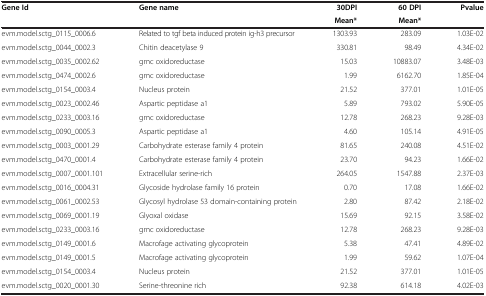
<table><thead><tr><td><b>Gene Id</b></td><td><b>Gene name</b></td><td><b>30DPI</b></td><td><b>60 DPI</b></td><td><b>Pvalue</b></td></tr><tr><td><b> </b></td><td><b> </b></td><td><b>Mean*</b></td><td><b>Mean*</b></td><td><b> </b></td></tr></thead><tbody><tr><td>evm.model.sctg_0115_0006.6</td><td>Related to tgf beta induced protein ig-h3 precursor</td><td>1303.93</td><td>283.09</td><td>1.03E-02</td></tr><tr><td>evm.model.sctg_0044_0002.3</td><td>Chitin deacetylase 9</td><td>330.81</td><td>98.49</td><td>4.34E-02</td></tr><tr><td>evm.model.sctg_0035_0002.62</td><td>gmc oxidoreductase</td><td>15.03</td><td>10883.07</td><td>3.48E-03</td></tr><tr><td>evm.model.sctg_0474_0002.6</td><td>gmc oxidoreductase</td><td>1.99</td><td>6162.70</td><td>1.85E-04</td></tr><tr><td>evm.model.sctg_0154_0003.4</td><td>Nucleus protein</td><td>21.52</td><td>377.01</td><td>1.01E-05</td></tr><tr><td>evm.model.sctg_0023_0002.46</td><td>Aspartic peptidase a1</td><td>5.89</td><td>793.02</td><td>5.90E-05</td></tr><tr><td>evm.model.sctg_0233_0003.16</td><td>gmc oxidoreductase</td><td>12.78</td><td>268.23</td><td>9.28E-03</td></tr><tr><td>evm.model.sctg_0090_0005.3</td><td>Aspartic peptidase a1</td><td>4.60</td><td>105.14</td><td>4.91E-05</td></tr><tr><td>evm.model.sctg_0003_0001.29</td><td>Carbohydrate esterase family 4 protein</td><td>81.65</td><td>240.08</td><td>4.51E-02</td></tr><tr><td>evm.model.sctg_0470_0001.4</td><td>Carbohydrate esterase family 4 protein</td><td>23.70</td><td>94.23</td><td>1.66E-02</td></tr><tr><td>evm.model.sctg_0007_0001.101</td><td>Extracellular serine-rich</td><td>264.05</td><td>1547.88</td><td>2.37E-03</td></tr><tr><td>evm.model.sctg_0016_0004.31</td><td>Glycoside hydrolase family 16 protein</td><td>0.70</td><td>17.08</td><td>1.66E-02</td></tr><tr><td>evm.model.sctg_0061_0002.53</td><td>Glycosyl hydrolase 53 domain-containing protein</td><td>2.80</td><td>87.42</td><td>2.18E-02</td></tr><tr><td>evm.model.sctg_0069_0001.19</td><td>Glyoxal oxidase</td><td>15.69</td><td>92.15</td><td>3.58E-02</td></tr><tr><td>evm.model.sctg_0233_0003.16</td><td>gmc oxidoreductase</td><td>12.78</td><td>268.23</td><td>9.28E-03</td></tr><tr><td>evm.model.sctg_0149_0001.6</td><td>Macrofage activating glycoprotein</td><td>5.38</td><td>47.41</td><td>4.89E-02</td></tr><tr><td>evm.model.sctg_0149_0001.5</td><td>Macrofage activating glycoprotein</td><td>1.99</td><td>59.62</td><td>1.07E-04</td></tr><tr><td>evm.model.sctg_0154_0003.4</td><td>Nucleus protein</td><td>21.52</td><td>377.01</td><td>1.01E-05</td></tr><tr><td>evm.model.sctg_0020_0001.30</td><td>Serine-threonine rich</td><td>92.38</td><td>614.18</td><td>4.02E-03</td></tr></tbody></table>